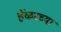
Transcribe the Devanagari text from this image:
हॅकरच्या